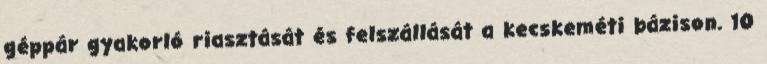
géppár gyakorló riasztását és felszállását a kecskeméti bázison. 10